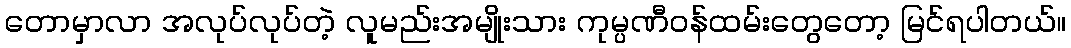
တောမှာလာ အလုပ်လုပ်တဲ့ လူမည်းအမျိုးသား ကုမ္ပဏီဝန်ထမ်းတွေတော့ မြင်ရပါတယ်။